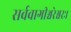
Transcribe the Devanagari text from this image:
सर्ववागीश्वरेश्वरः।